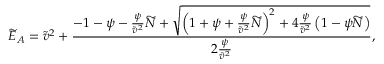
\widetilde { E } _ { A } = \widetilde { v } ^ { 2 } + \frac { - 1 - \psi - \frac { \psi } { \widetilde { v } ^ { 2 } } \widetilde { N } + \sqrt { \left( 1 + \psi + \frac { \psi } { \widetilde { v } ^ { 2 } } \widetilde { N } \right) ^ { 2 } + 4 \frac { \psi } { \widetilde { v } ^ { 2 } } \left( 1 - \psi \widetilde { N } \right) } } { 2 \frac { \psi } { \widetilde { v } ^ { 2 } } } ,